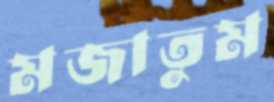
মজাতুম